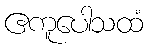
ဧကူပေါသထံ